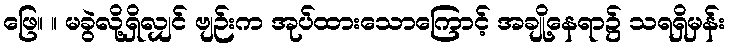
ဖြေ။ ။ မခွဲလို့ရှိလျှင် ဗျဉ်းက အုပ်ထားသောကြောင့် အချို့နေရာ၌ သရရှိမှန်း